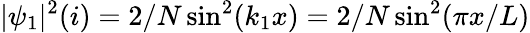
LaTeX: |\psi_{1}|^{2}(i)=2/N\sin^{2}(k_{1}x)=2/N\sin^{2}(\pi x/L)